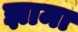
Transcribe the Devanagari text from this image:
झामा